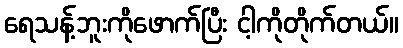
ရေသန့်ဘူးကိုဖောက်ပြီး ငါ့ကိုတိုက်တယ်။